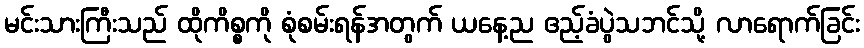
မင်းသားကြီးသည် ထိုကိစ္စကို စုံစမ်းရန်အတွက် ယနေ့ည ဧည့်ခံပွဲသဘင်သို့ လာရောက်ခြင်း